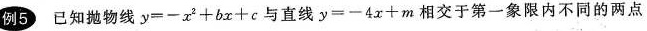
例5 已知抛物线$$y = - x ^ { 2 } + b x + c$$与直线$$y = - 4 x + m$$相交于第一象限内不同的两点